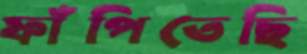
ফাঁপিতেছি